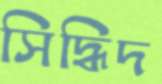
সিদ্ধিদ